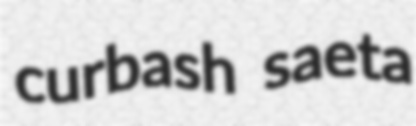
curbash saeta